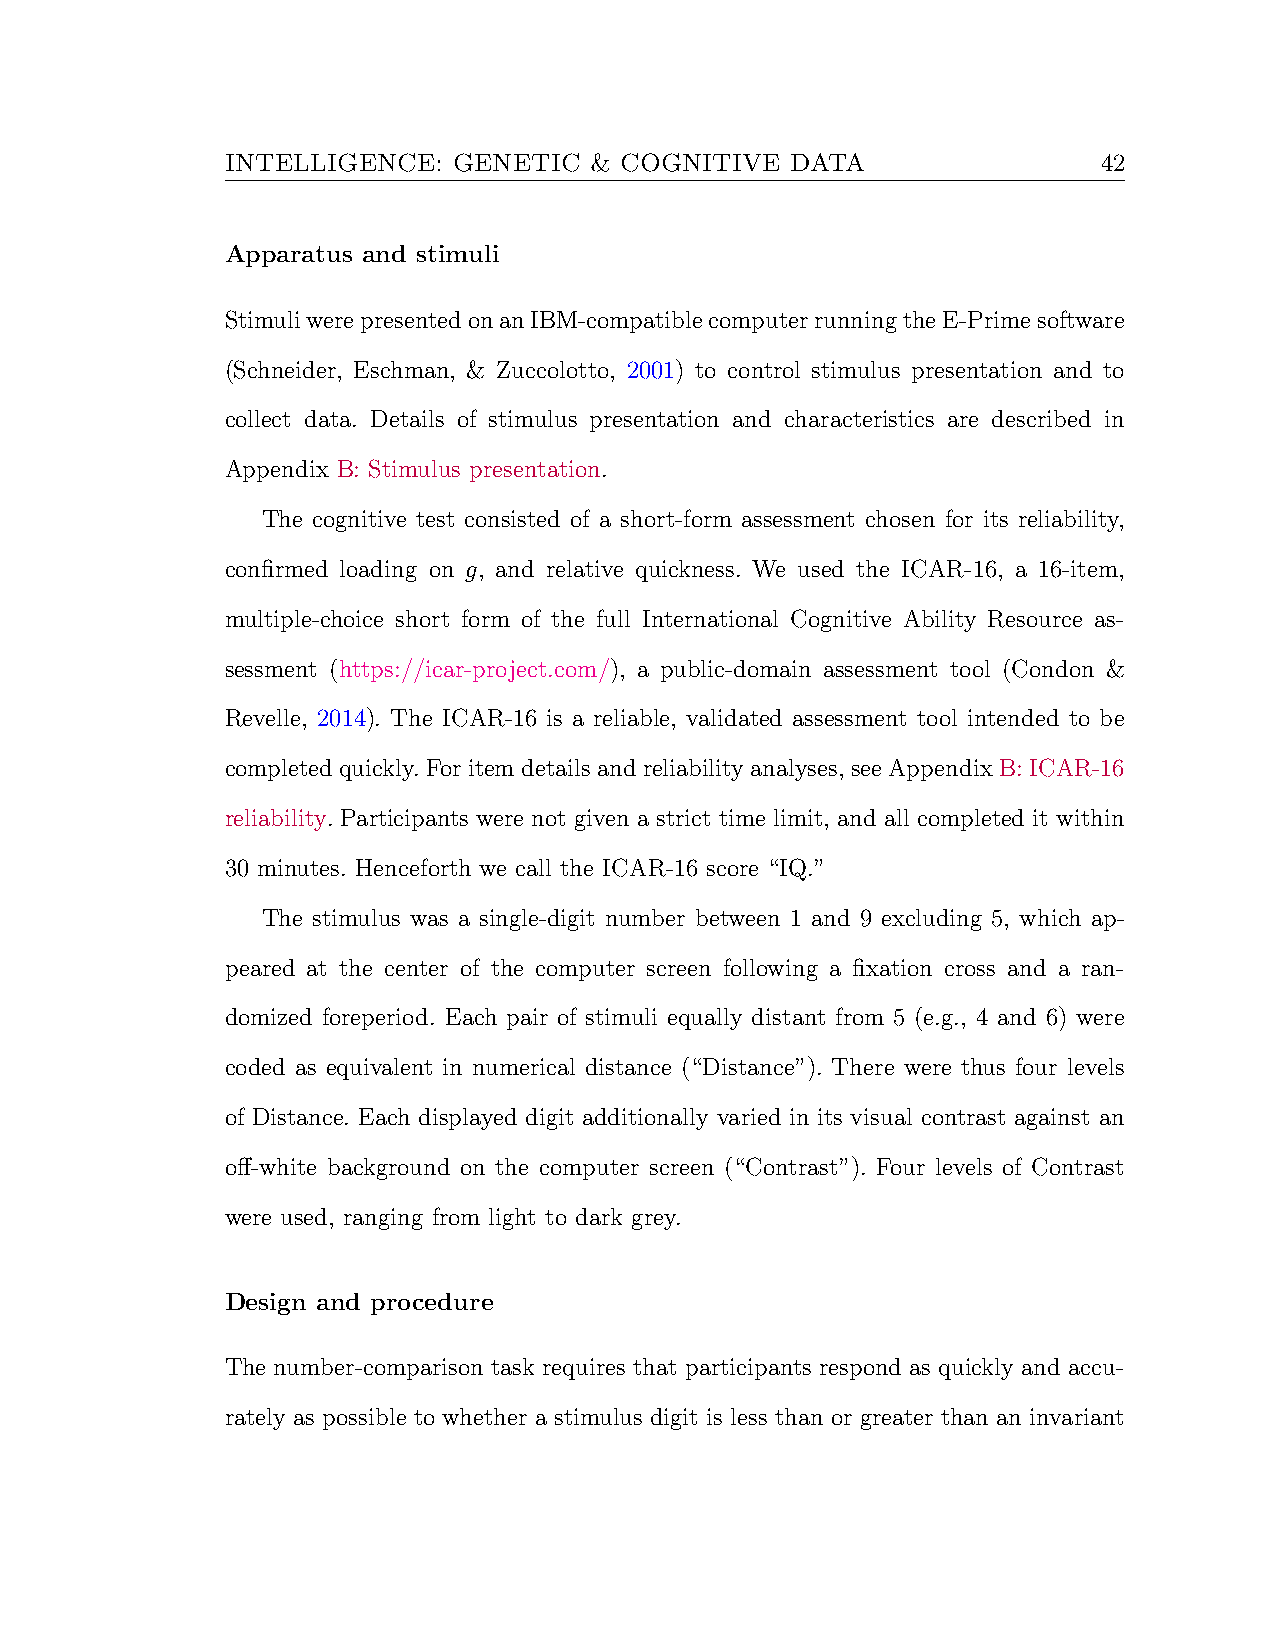
INTELLIGENCE:  GENETIC  & COGNITIVE  DATA                 42
 Apparatus and stimuli
 StimuliwerepresentedonanIBM-compatiblecomputerrunningtheE-Primesoftware
 (Schneider, Eschman, & Zuccolotto, 2001) to control stimulus presentation and to
 collect data. Details of stimulus presentation and characteristics are described in
 Appendix B: Stimulus presentation.
 The cognitive test consisted of a short-form assessment chosen for its reliability,
 confirmed loading on g, and relative quickness. We used the ICAR-16, a 16-item,
 multiple-choice short form of the full International Cognitive Ability Resource as-
 sessment (https://icar-project.com/), a public-domain assessment tool (Condon &
 Revelle, 2014). The ICAR-16 is a reliable, validated assessment tool intended to be
 completed quickly. For item details and reliability analyses, see Appendix B: ICAR-16
 reliability. Participants were not given a strict time limit, and all completed it within
 30 minutes. Henceforth we call the ICAR-16 score “IQ.”
 The stimulus was a single-digit number between 1 and 9 excluding 5, which ap-
 peared at the center of the computer screen following a fixation cross and a ran-
 domized foreperiod. Each pair of stimuli equally distant from 5 (e.g., 4 and 6) were
 coded as equivalent in numerical distance (“Distance”). There were thus four levels
 of Distance. Each displayed digit additionally varied in its visual contrast against an
 off-white background on the computer screen (“Contrast”). Four levels of Contrast
 were used, ranging from light to dark grey.
 Design and procedure
 The number-comparison task requires that participants respond as quickly and accu-
 rately as possible to whether a stimulus digit is less than or greater than an invariant